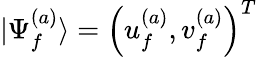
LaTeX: |\Psi_{f}^{(a)}\rangle=\left(u_{f}^{(a)},v_{f}^{(a)}\right)^{T}